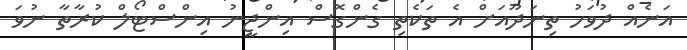
އަނެއް ދުވަހު ތިނަދޫއަށް އެ ތަކެތި ގެންގޮސް އިންޖީނު އިންސްޓޯލް ކުރާތާ ނުވަ